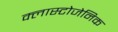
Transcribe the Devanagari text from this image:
क्लास्टोजेनिक